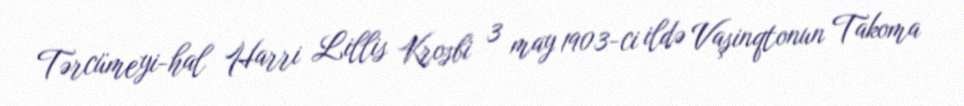
Tərcümeyi-hal Harri Lillis Krosbi 3 may 1903-ci ildə Vaşinqtonun Takoma